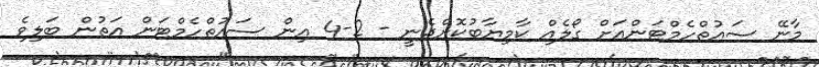
މާނޭ ސައުތްހެމްޓަންއަށް ގޯލެއް ކާމިޔާބުކޮށްދެނީ - 2-4 އިން ސައުތްހެމްޓަން އަތުން ބަލިވެ